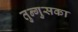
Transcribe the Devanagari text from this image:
तुन्गुसका